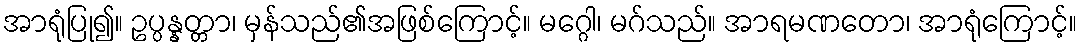
အာရုံပြု၍။ ဥပ္ပန္နတ္တာ၊ မှန်သည်၏အဖြစ်ကြောင့်။ မဂ္ဂေါ၊ မဂ်သည်။ အာရမဏတော၊ အာရုံကြောင့်။